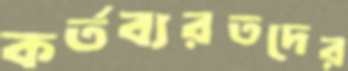
কর্তব্যরতদের